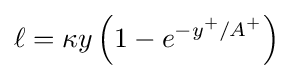
\ell =\kappa y\left(1-e^{-y^{+}/A^{+}}\right)